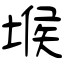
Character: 堠